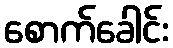
စောက်ခေါင်း